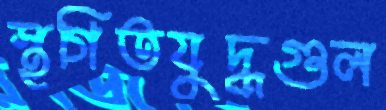
স্থগিতযুদ্ধগুল